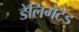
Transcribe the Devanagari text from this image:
डेलिगेटेड